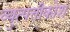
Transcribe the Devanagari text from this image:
व्युत्पत्तीकोश